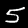
Label: 5